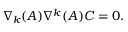
\nabla _ { k } ( A ) \nabla ^ { k } ( A ) C = 0 .